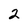
Character: 2